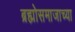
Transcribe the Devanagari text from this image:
ब्रह्मोसमाजाच्या